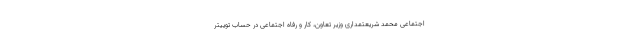
اجتماعی محمد شریعتمداری وزیر تعاون، کار و رفاه اجتماعی در حساب توییتر